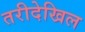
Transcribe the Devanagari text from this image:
तरीदेखिल